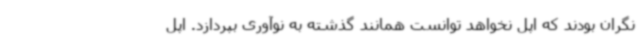
نگران بودند که اپل نخواهد توانست همانند گذشته به نوآوری بپردازد. اپل